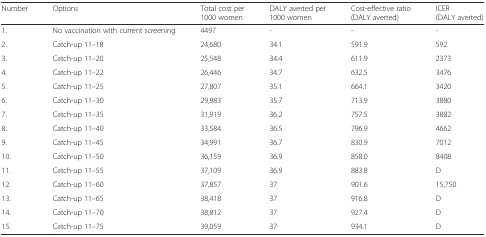
<table><thead><tr><td><b>Number</b></td><td><b>Options</b></td><td><b>Total cost per 1000 women</b></td><td><b>DALY averted per 1000 women</b></td><td><b>Cost-effective ratio (DALY averted)</b></td><td><b>ICER (DALY averted)</b></td></tr></thead><tbody><tr><td>1.</td><td>No vaccination with current screening</td><td>4497</td><td>-</td><td>-</td><td>-</td></tr><tr><td>2.</td><td>Catch-up 11–18</td><td>24,680</td><td>34.1</td><td>591.9</td><td>592</td></tr><tr><td>3.</td><td>Catch-up 11–20</td><td>25,548</td><td>34.4</td><td>611.9</td><td>2373</td></tr><tr><td>4.</td><td>Catch-up 11–22</td><td>26,446</td><td>34.7</td><td>632.5</td><td>3476</td></tr><tr><td>5.</td><td>Catch-up 11–25</td><td>27,807</td><td>35.1</td><td>664.1</td><td>3420</td></tr><tr><td>6.</td><td>Catch-up 11–30</td><td>29,983</td><td>35.7</td><td>713.9</td><td>3880</td></tr><tr><td>7.</td><td>Catch-up 11–35</td><td>31,919</td><td>36.2</td><td>757.5</td><td>3882</td></tr><tr><td>8.</td><td>Catch-up 11–40</td><td>33,584</td><td>36.5</td><td>796.9</td><td>4662</td></tr><tr><td>9.</td><td>Catch-up 11–45</td><td>34,991</td><td>36.7</td><td>830.9</td><td>7012</td></tr><tr><td>10.</td><td>Catch-up 11–50</td><td>36,159</td><td>36.9</td><td>858.0</td><td>8408</td></tr><tr><td>11.</td><td>Catch-up 11–55</td><td>37,109</td><td>36.9</td><td>883.8</td><td>D</td></tr><tr><td>12.</td><td>Catch-up 11–60</td><td>37,857</td><td>37</td><td>901.6</td><td>15,750</td></tr><tr><td>13.</td><td>Catch-up 11–65</td><td>38,418</td><td>37</td><td>916.8</td><td>D</td></tr><tr><td>14.</td><td>Catch-up 11–70</td><td>38,812</td><td>37</td><td>927.4</td><td>D</td></tr><tr><td>15.</td><td>Catch-up 11–75</td><td>39,059</td><td>37</td><td>934.1</td><td>D</td></tr></tbody></table>